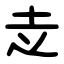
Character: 赱